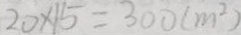
2 0 \times 1 5 = 3 0 0 ( m ^ { 2 } )